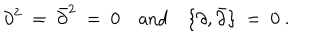
LaTeX: \partial ^ { 2 } \ = \ \bar { \partial } ^ { 2 } \ = \ 0 \quad \mathrm { a n d } \quad \{ \partial , \bar { \partial } \} \ = \ 0 \ .